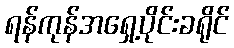
ရန်ကုန်အရှေ့ပိုင်းခရိုင်